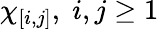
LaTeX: \chi_{[i,j]},\; i,j\geq 1